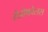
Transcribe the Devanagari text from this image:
रोडोफोलस